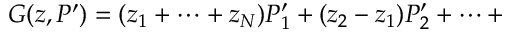
G ( z , P ^ { \prime } ) = ( z _ { 1 } + \cdots + z _ { \cal N } ) P _ { 1 } ^ { \prime } + ( z _ { 2 } - z _ { 1 } ) P _ { 2 } ^ { \prime } + \dots +